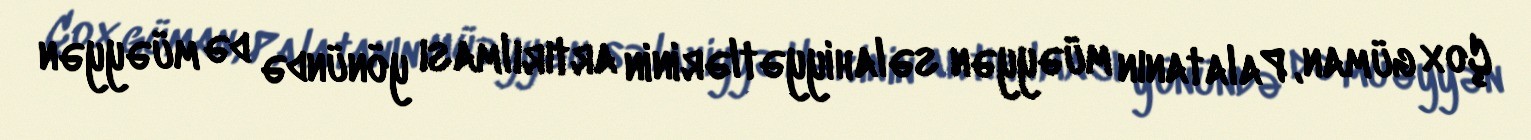
Çox güman, Palatanın müəyyən səlahiyyətlərinin artırılması yönündə də müəyyən